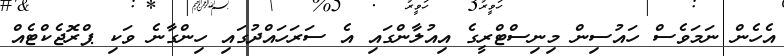
އެހެން ނަމަވެސް ހައުސިން މިނިސްޓްރީގެ އިއުލާންގައި އެ ސަރަހައްދުގައި ހިންގާނެ ވަކި ޕްރޮޖެކްޓެއް